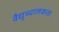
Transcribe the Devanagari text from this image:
वैद्युच्चालकता